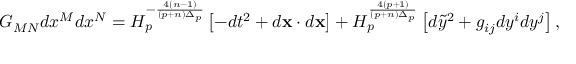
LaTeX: G _ { M N } d x ^ { M } d x ^ { N } = H _ { p } ^ { - { \frac { 4 ( n - 1 ) } { ( p + n ) \Delta _ { p } } } } \left[ - d t ^ { 2 } + d { \bf x } \cdot d { \bf x } \right] + H _ { p } ^ { \frac { 4 ( p + 1 ) } { ( p + n ) \Delta _ { p } } } \left[ d \tilde { y } ^ { 2 } + g _ { i j } d y ^ { i } d y ^ { j } \right] ,